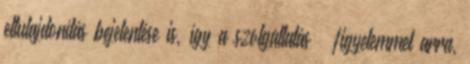
eltulajdonítás bejelentése is, így a szolgáltatás – figyelemmel arra,